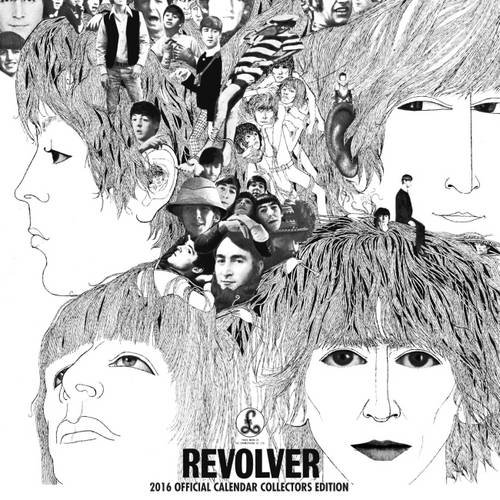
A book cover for The Official the Beatles Collectors Edition 2016 Calendar; Calendars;